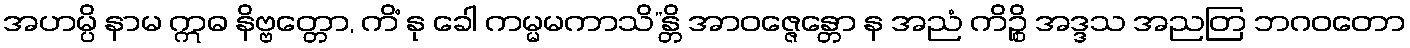
အဟမ္ပိ နာမ ဣဓ နိဗ္ဗတ္တော, ကိံ နု ခေါ ကမ္မမကာသိ”န္တိ အာဝဇ္ဇေန္တော န အညံ ကိဉ္စိ အဒ္ဒသ အညတြ ဘဂဝတော